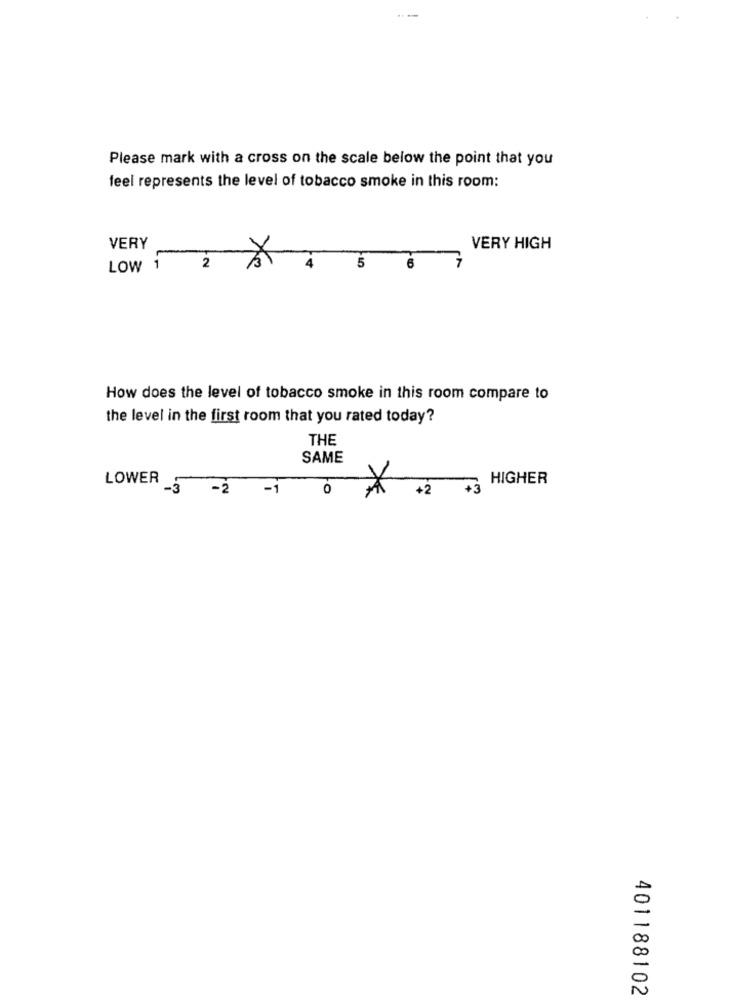
Please mark with a cross on the scale below the point that you
feel represents the level of tobacco smoke in this room:
VERY
VERY HIGH
LOW 1
2
-10
How does the level of tobacco smoke in this room compare to
the level in the first room that you rated today?
THE
SAME
LOWER
HIGHER
-3
-2
-1
0
+2
+3
401188102